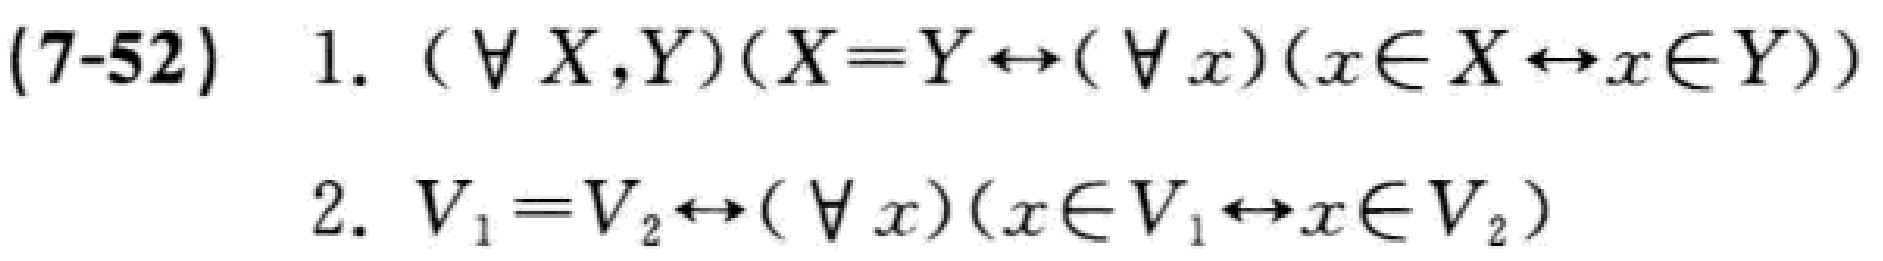
(7-52) 1. $(\forall X,Y)(X = Y\leftrightarrow(\forall x)(x\in X\leftrightarrow x\in Y))$
2. $V_1 = V_2\leftrightarrow(\forall x)(x\in V_1\leftrightarrow x\in V_2)$